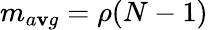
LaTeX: m_{a\mathbf{v}g}=\rho(N-1)